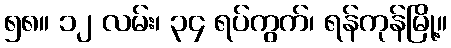
၅၈။ ၁၂ လမ်း၊ ၃၄ ရပ်ကွက်၊ ရန်ကုန်မြို့။